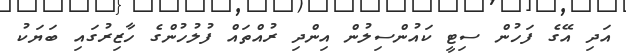
އަދި އޭގެ ފަހުން ސިޓީ ކައުންސިލުން އިންދި ރުއްތައް ފުލުހުންގެ ހާޒިރުގައި ބަޔަކު